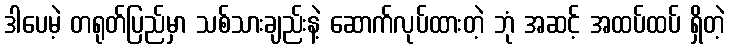
ဒါပေမဲ့ တရုတ်ပြည်မှာ သစ်သားချည်းနဲ့ ဆောက်လုပ်ထားတဲ့ ဘုံ အဆင့် အထပ်ထပ် ရှိတဲ့